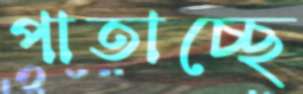
পাতাচ্ছে